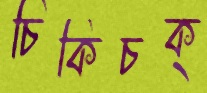
চিকিচক্